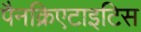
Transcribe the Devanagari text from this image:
पैनक्रिएटाइटिस